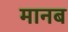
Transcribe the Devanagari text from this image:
मानब